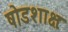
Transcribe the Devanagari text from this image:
षोडशाक्षः